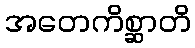
အတေကိစ္ဆာတိ